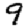
Digit: 9